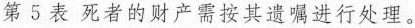
第5表死者的财产需按其遗嘱进行处理。